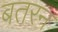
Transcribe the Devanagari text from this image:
बतरन